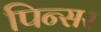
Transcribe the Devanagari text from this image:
पिन्सर